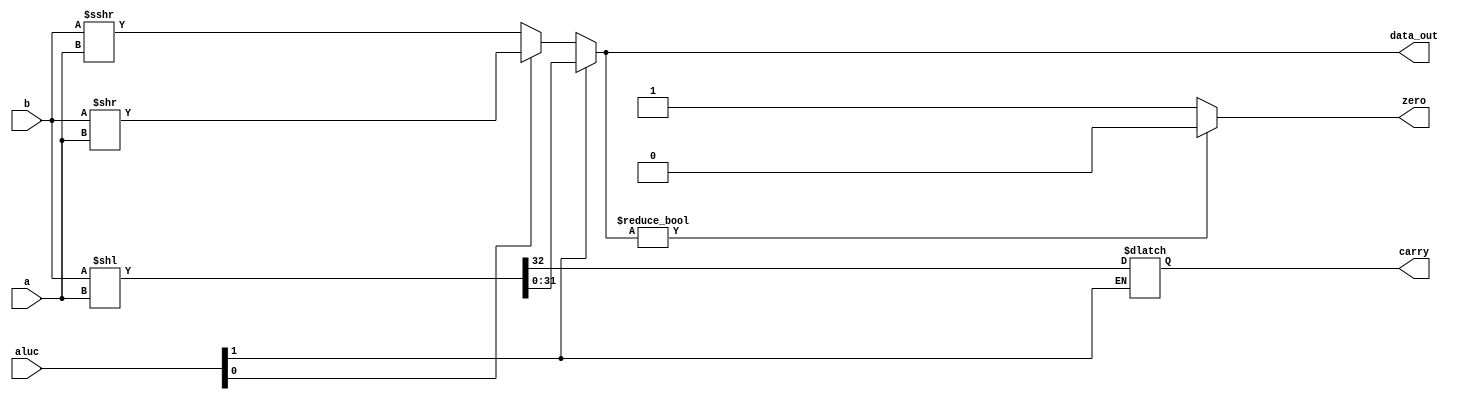
`timescale 1ns / 1ps
module barrelshifter32(
  input signed  [31:0]  a,
  input signed  [31:0]  b,
  input          [1:0]  aluc,
  output reg            carry,
  output reg    [31:0]  data_out,
  output                zero
  );

  always @ ( * )
    if (aluc[1])
      {carry, data_out} = b << a;
    else
      data_out          = (aluc[0] ? b >> a : $signed(b) >>> $signed(a));

  assign zero           = (data_out ? 1'b0 : 1'b1);
endmodule